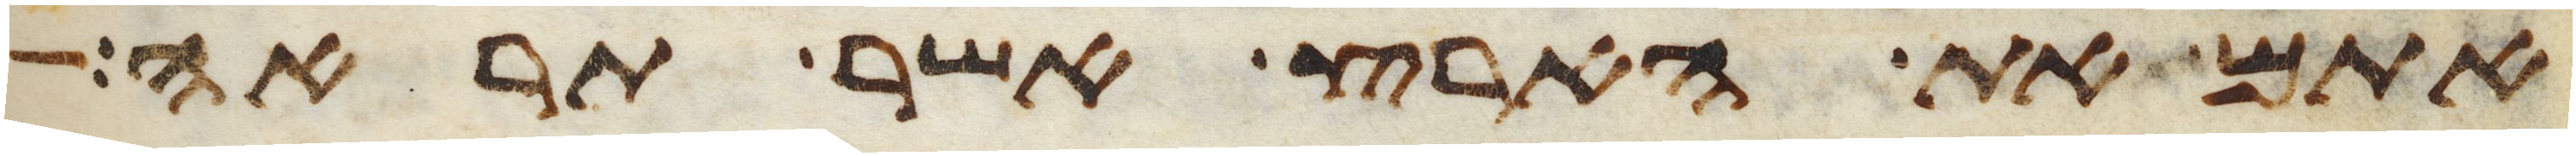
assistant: אתם את הארץ אשר תראה